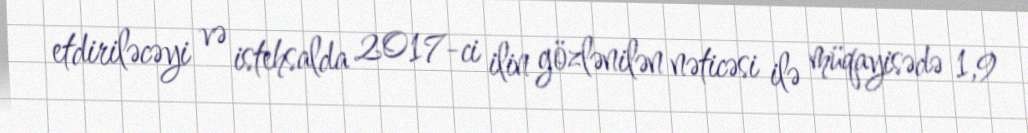
etdiriləcəyi və istehsalda 2017-ci ilin gözlənilən nəticəsi ilə müqayisədə 1,9